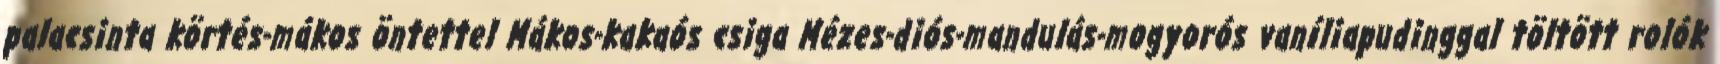
palacsinta körtés-mákos öntettel Mákos-kakaós csiga Mézes-diós-mandulás-mogyorós vaníliapudinggal töltött rolók